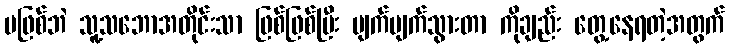
မဖြစ်ဘဲ သူ့သဘောအတိုင်းသာ ဖြစ်ဖြစ်ပြီး ပျက်ပျက်သွားတာ ကိုချည်း တွေ့နေရတဲ့အတွက်